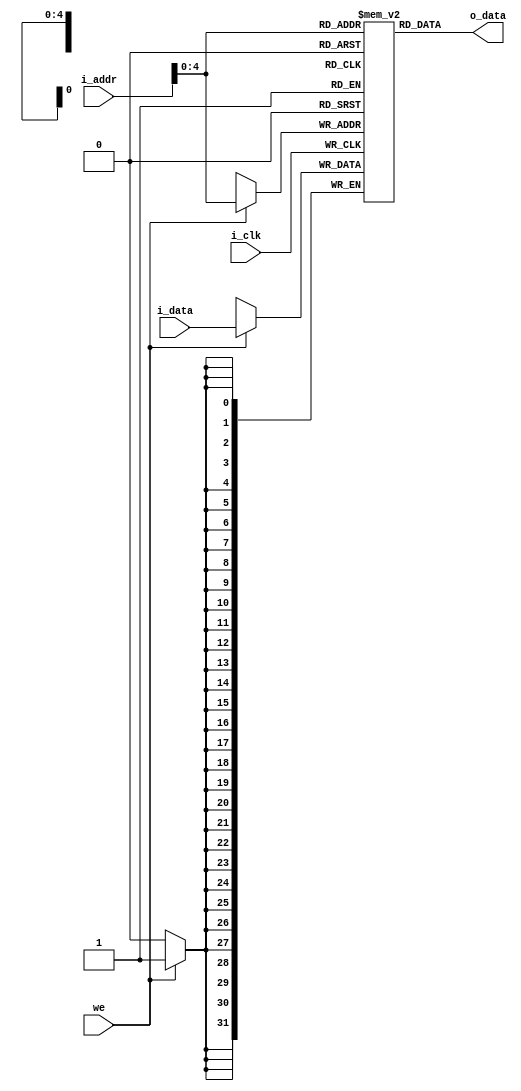
module data_mem (
    input wire i_clk, we,
    input wire [31:0] i_data,
    input wire [31:0] i_addr,
    output wire [31:0] o_data
);

    reg [31:0] ram [0:31];

    always @(posedge i_clk)
    begin
        if(we)
            ram[i_addr[4:0]] = i_data;
    end
    
    integer i;
    initial
    begin
        for(i=0;i<32;i=i+1)
            ram[i] = 0;
    end
    
    assign o_data = ram[i_addr[4:0]];

endmodule